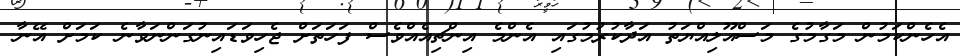
އެހެންކަމުން މަގާމުގެ މަސްއޫލިއްޔަތު އަދާކުރުމުގައި އެންމެ އިންޗިއެއްވެސް ފަހަތަށް ޖެހިވަޑައިނުގަންނަވާނެ ކަމަށް އޭނާ